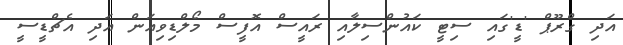
އަދި ގްރޫޕް 'ޑީ'ގައި ސިޓީ ކައުންސިލާއި ރައީސް އޮފީސް މޯލްޑިވިއަން އަދި އެޗްޑީސީ